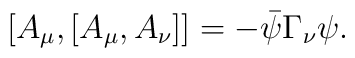
[A_{\mu},[A_{\mu},A_{\nu}]]=-\bar{\psi}\Gamma_{\nu}\psi .